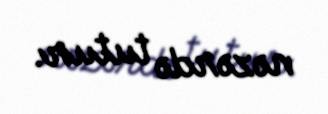
nəzərdə tutur.